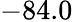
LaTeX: -84.0